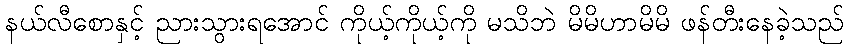
နယ်လီစောနှင့် ညားသွားရအောင် ကိုယ့်ကိုယ့်ကို မသိဘဲ မိမိဟာမိမိ ဖန်တီးနေခဲ့သည်